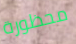
محظورة